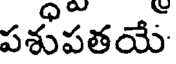
పశుపతయే